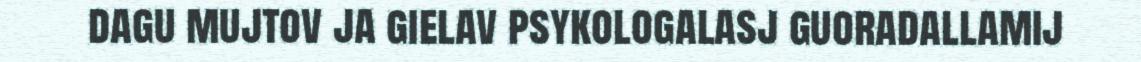
dagu mujtov ja gielav psykologalasj guoradallamij